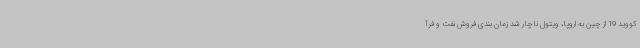
کووید 19 از چین به اروپا، ویتول ناچار شد زمان بندی فروش نفت و فرآ